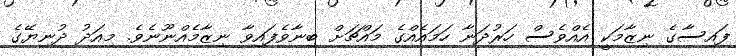
ފައިސާގެ ނިޒާމަކީ އެއްވެސް ހަރުދަނާ ހަމައެއްގެ މައްޗަށް ބިނާވެފައިވާ ނިޒާމެއްނޫނެވެ. މިއަދު ދުނިޔޭގެ